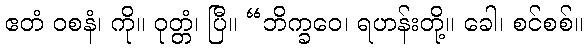
ဧတံ ဝစနံ၊ ကို။ ဝုတ္တံ၊ ပြီ။ “ဘိက္ခဝေ၊ ရဟန်းတို့။ ခေါ၊ စင်စစ်။